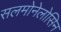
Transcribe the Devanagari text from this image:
सलमोनेलोसिन